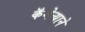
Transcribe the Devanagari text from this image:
कॅमेऱ्याने